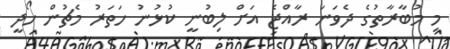
މި މުބާރާތުގެ ދެވަނަ ރާއްޖެ އަށް ލިބުނީ ކުޅުނު ހަތަރު މެޗުން ހޯދީ